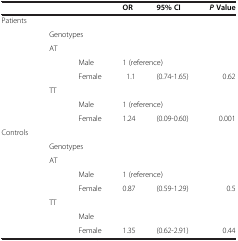
|  |  |  | OR | 95% CI | P Value |
 | --- | --- | --- | --- | --- | --- |
 | Patients |  |  |  |  |  |
 |  | <COLSPAN=2> Genotypes |  |  |  |
 |  | AT |  |  |  |  |
 |  |  | Male | <COLSPAN=2> 1 (reference) |  |
 |  |  | Female | 1.1 | (0.74-1.65) | 0.62 |
 |  | TT |  |  |  |  |
 |  |  | Male | <COLSPAN=2> 1 (reference) |  |
 |  |  | Female | 1.24 | (0.09-0.60) | 0.001 |
 | Controls |  |  |  |  |  |
 |  | <COLSPAN=2> Genotypes |  |  |  |
 |  | AT |  |  |  |  |
 |  |  | Male | <COLSPAN=2> 1 (reference) |  |
 |  |  | Female | 0.87 | (0.59-1.29) | 0.5 |
 |  | TT |  |  |  |  |
 |  |  | Male |  |  |  |
 |  |  | Female | 1.35 | (0.62-2.91) | 0.44 |